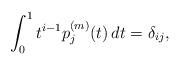
LaTeX: \begin{align*}\int_{0}^1 t^{i-1} p_j^{(m)}(t) \, d t=\delta_{ij},\end{align*}